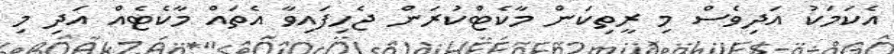
އެކަމަކު އަދިވެސް މި ރީތިކަން މާކެޓްކުރަން ޖެހިފައިވާ އެތައް މާކެޓެއް އަދި މި